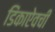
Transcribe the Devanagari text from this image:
डिंकाऐवची